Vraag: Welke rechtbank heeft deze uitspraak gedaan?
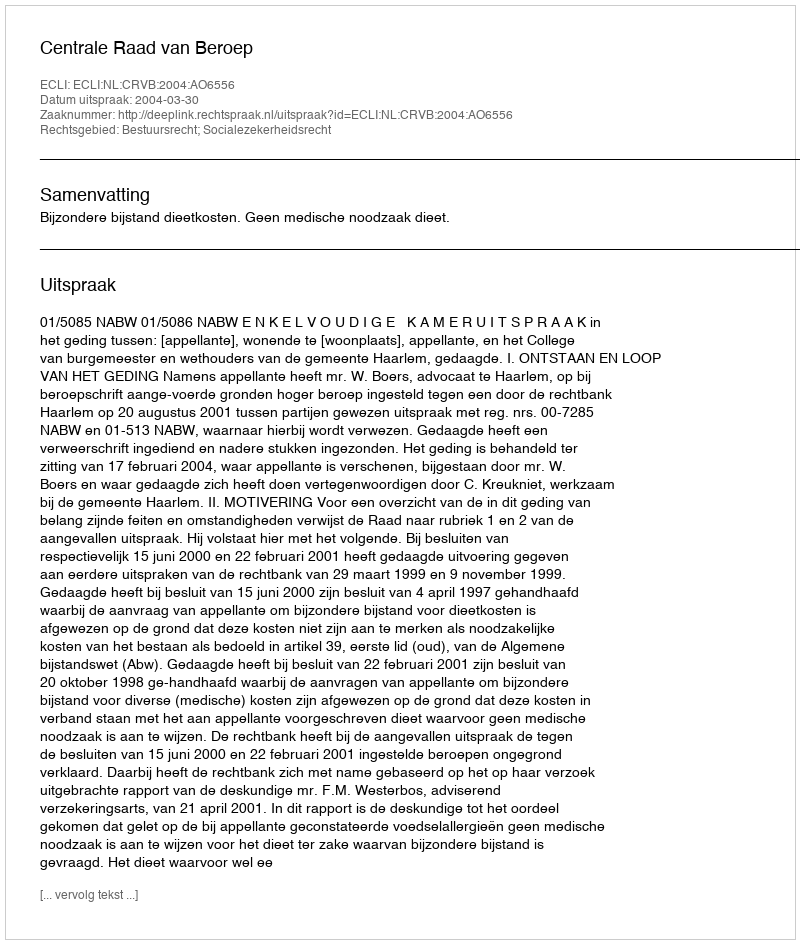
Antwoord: Centrale Raad van Beroep